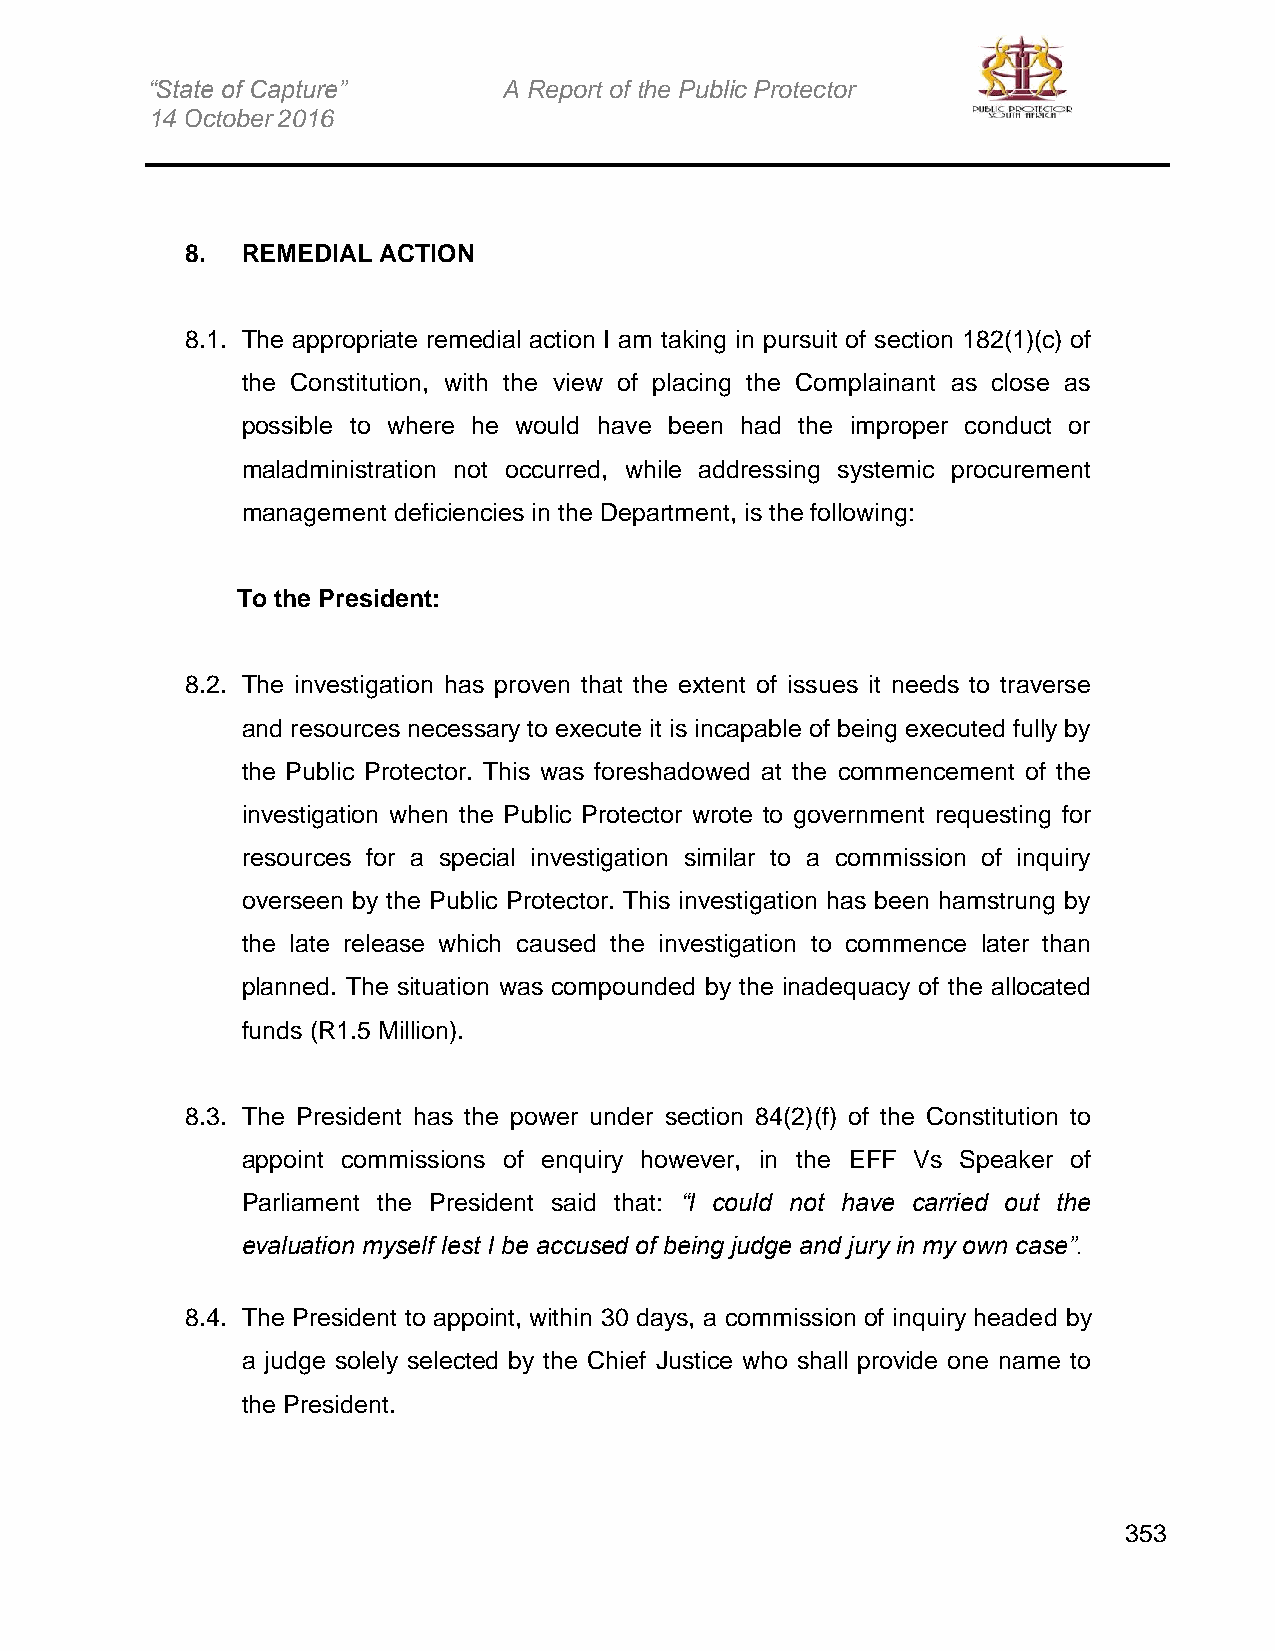
“State of Capture”     A Report of the Public Protector
 14 October 2016
 8.  REMEDIAL ACTION
 8.1. The appropriate remedial action I am taking in pursuit of section 182(1)(c) of
 the Constitution, with the view of placing the Complainant as close as
 possible to where he would have been had the improper conduct or
 maladministration not occurred, while addressing systemic procurement
 management deficiencies in the Department, is the following:
 To the President:
 8.2. The investigation has proven that the extent of issues it needs to traverse
 and resources necessary to execute it is incapable of being executed fully by
 the Public Protector. This was foreshadowed at the commencement of the
 investigation when the Public Protector wrote to government requesting for
 resources for a special investigation similar to a commission of inquiry
 overseen by the Public Protector. This investigation has been hamstrung by
 the late release which caused the investigation to commence later than
 planned. The situation was compounded by the inadequacy of the allocated
 funds (R1.5 Million).
 8.3. The President has the power under section 84(2)(f) of the Constitution to
 appoint commissions of enquiry however, in the EFF Vs Speaker of
 Parliament the President said that: “I could not have carried out the
 evaluation myself lest I be accused of being judge and jury in my own case”.
 8.4. The President to appoint, within 30 days, a commission of inquiry headed by
 a judge solely selected by the Chief Justice who shall provide one name to
 the President.
 353